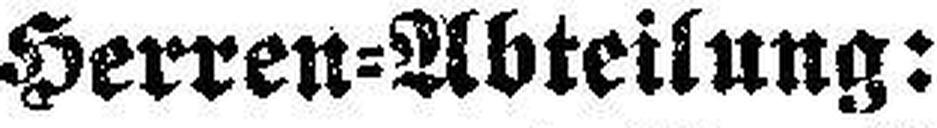
Herren=Abteilung: